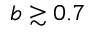
b \gtrsim 0 . 7